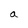
Character: a